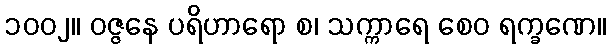
၁၀၀၂။ ဝဇ္ဇနေ ပရိဟာရော စ၊ သက္ကာရေ စေဝ ရက္ခဏေ။